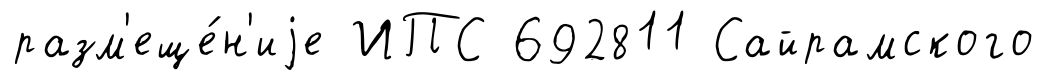
разм'еще́н'иjе ИПС 692811 Сайрамского